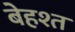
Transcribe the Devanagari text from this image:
बेहश्त